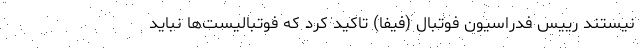
نیستند رییس فدراسیون فوتبال (فیفا) تاکید کرد که فوتبالیست‌ها نباید